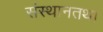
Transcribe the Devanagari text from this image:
संस्थानतथा